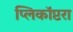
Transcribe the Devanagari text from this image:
प्लिकॉप्टरा